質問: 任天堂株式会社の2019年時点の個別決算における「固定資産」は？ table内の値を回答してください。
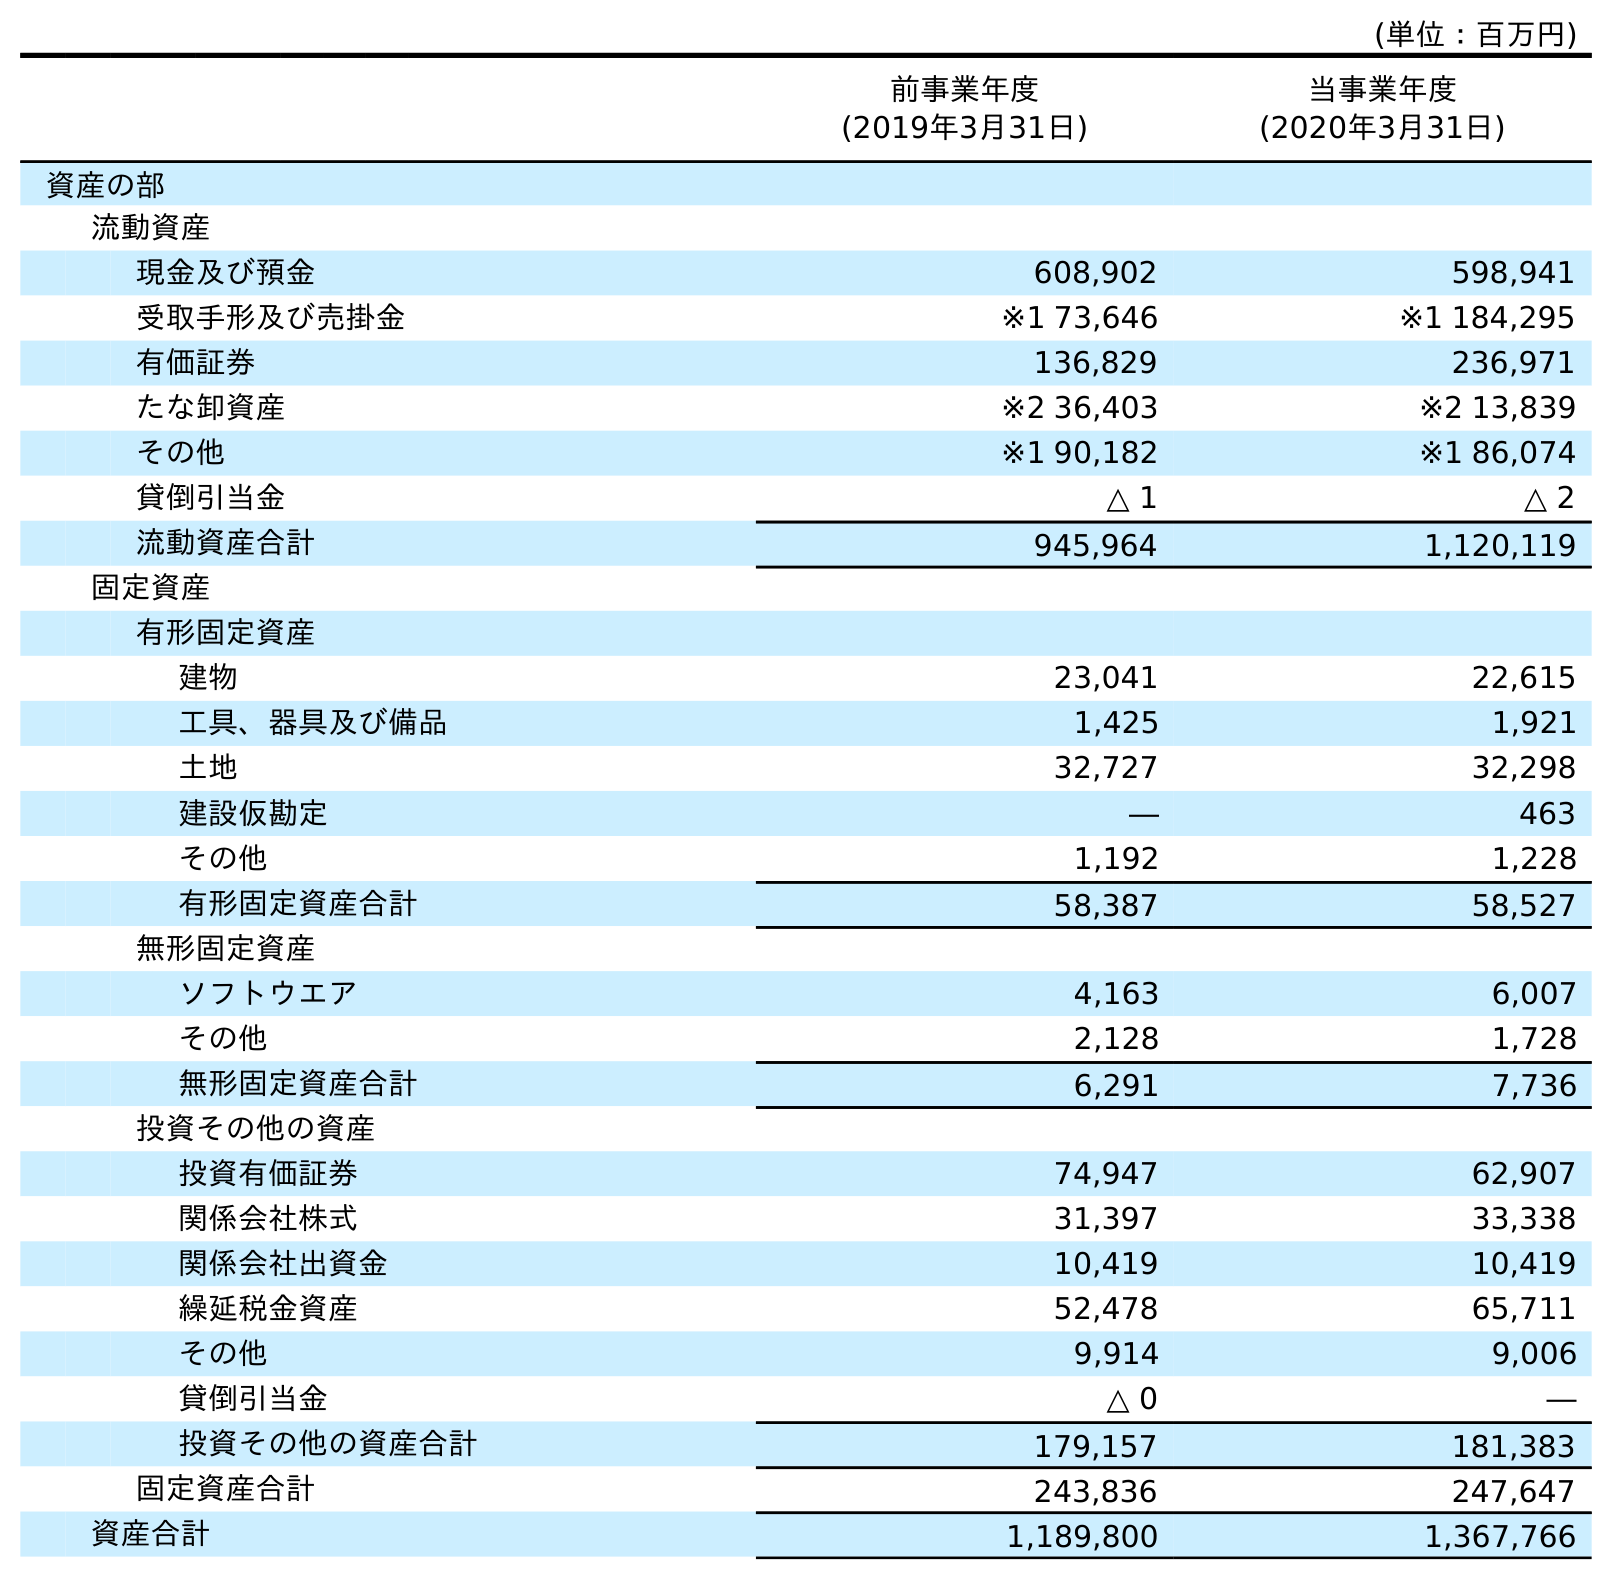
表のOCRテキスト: (単位：百万円) 前事業年度 (2019年3月31日) 当事業年度 (2020年3月31日) 資産の部 流動資産 現金及び預金 608,902 598,941 受取手形及び売掛金 ※1 73,646 ※1 184,295 有価証券 136,829 236,971 たな卸資産 ※2 36,403 ※2 13,839 その他 ※1 90,182 ※1 86,074 貸倒引当金 △ 1 △ 2 流動資産合計 945,964 1,120,119 固定資産 有形固定資産 建物 23,041 22,615 工具、器具及び備品 1,425 1,921 土地 32,727 32,298 建設仮勘定 ― 463 その他 1,192 1,228 有形固定資産合計 58,387 58,527 無形固定資産 ソフトウエア 4,163 6,007 その他 2,128 1,728 無形固定資産合計 6,291 7,736 投資その他の資産 投資有価証券 74,947 62,907 関係会社株式 31,397 33,338 関係会社出資金 10,419 10,419 繰延税金資産 52,478 65,711 その他 9,914 9,006 貸倒引当金 △ 0 ― 投資その他の資産合計 179,157 181,383 固定資産合計 243,836 247,647 資産合計 1,189,800 1,367,766
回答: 243,836